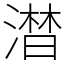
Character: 澘